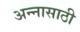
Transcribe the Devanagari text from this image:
अन्‍नासाठी